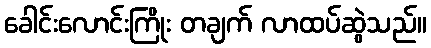
ခေါင်းလောင်းကြိုး တချက် လာထပ်ဆွဲသည်။